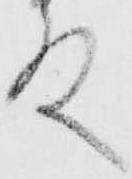
殿